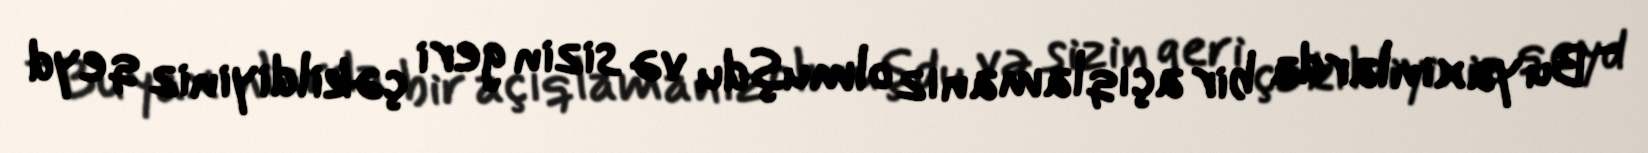
- Bu yaxınlarda bir açıqlamanız olmuşdu və sizin geri çəkildiyiniz qeyd